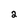
Character: 2